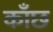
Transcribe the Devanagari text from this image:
काँछ